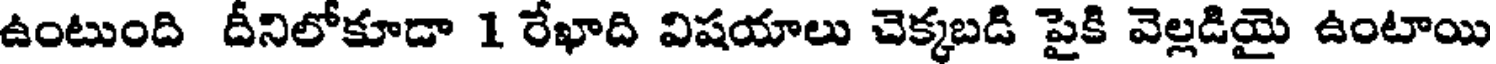
ఉంటుంది దీనిలోకూడా 1 రేఖాది విషయాలు చెక్కబడి పైకి వెల్లడియై ఉంటాయి